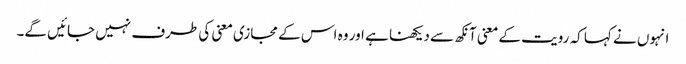
انہوں نے کہا کہ رویت کے معنی آنکھ سے دیکھنا ہے اور وہ اس کے مجازی معنی کی طرف نہیں جائیں گے۔